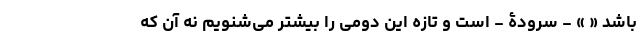
باشد « » - سرودۀ - است و تازه این دومی را بیشتر می‌شنویم نه آن که